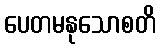
ပေတမနုသောစတိ